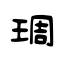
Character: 琱